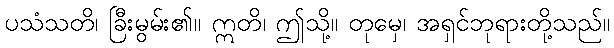
ပသံသတိ၊ ခြီးမွမ်း၏။ ဣတိ၊ ဤသို့။ တုမှေ၊ အရှင်ဘုရားတို့သည်။